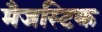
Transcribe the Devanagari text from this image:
मैजस्टिक